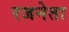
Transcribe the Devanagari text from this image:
रजनेता